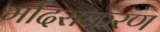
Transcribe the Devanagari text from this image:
मदिराकरण